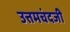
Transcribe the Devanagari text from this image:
उत्तमचंदजी